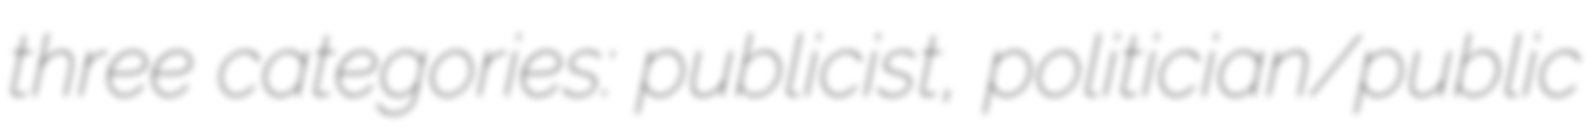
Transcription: three categories: publicist, politician/public